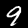
Label: 9